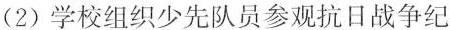
(2) 学校组织少先队员参观抗日战争纪